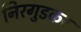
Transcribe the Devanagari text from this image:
निरगुडकर